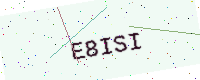
Text: E8ISI